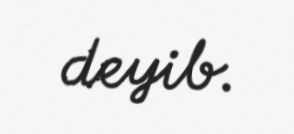
deyib.